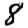
Digit: 8